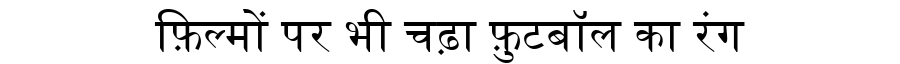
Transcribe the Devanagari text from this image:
फ़िल्मों पर भी चढ़ा फ़ुटबॉल का रंग